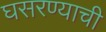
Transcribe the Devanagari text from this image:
घसरण्याची